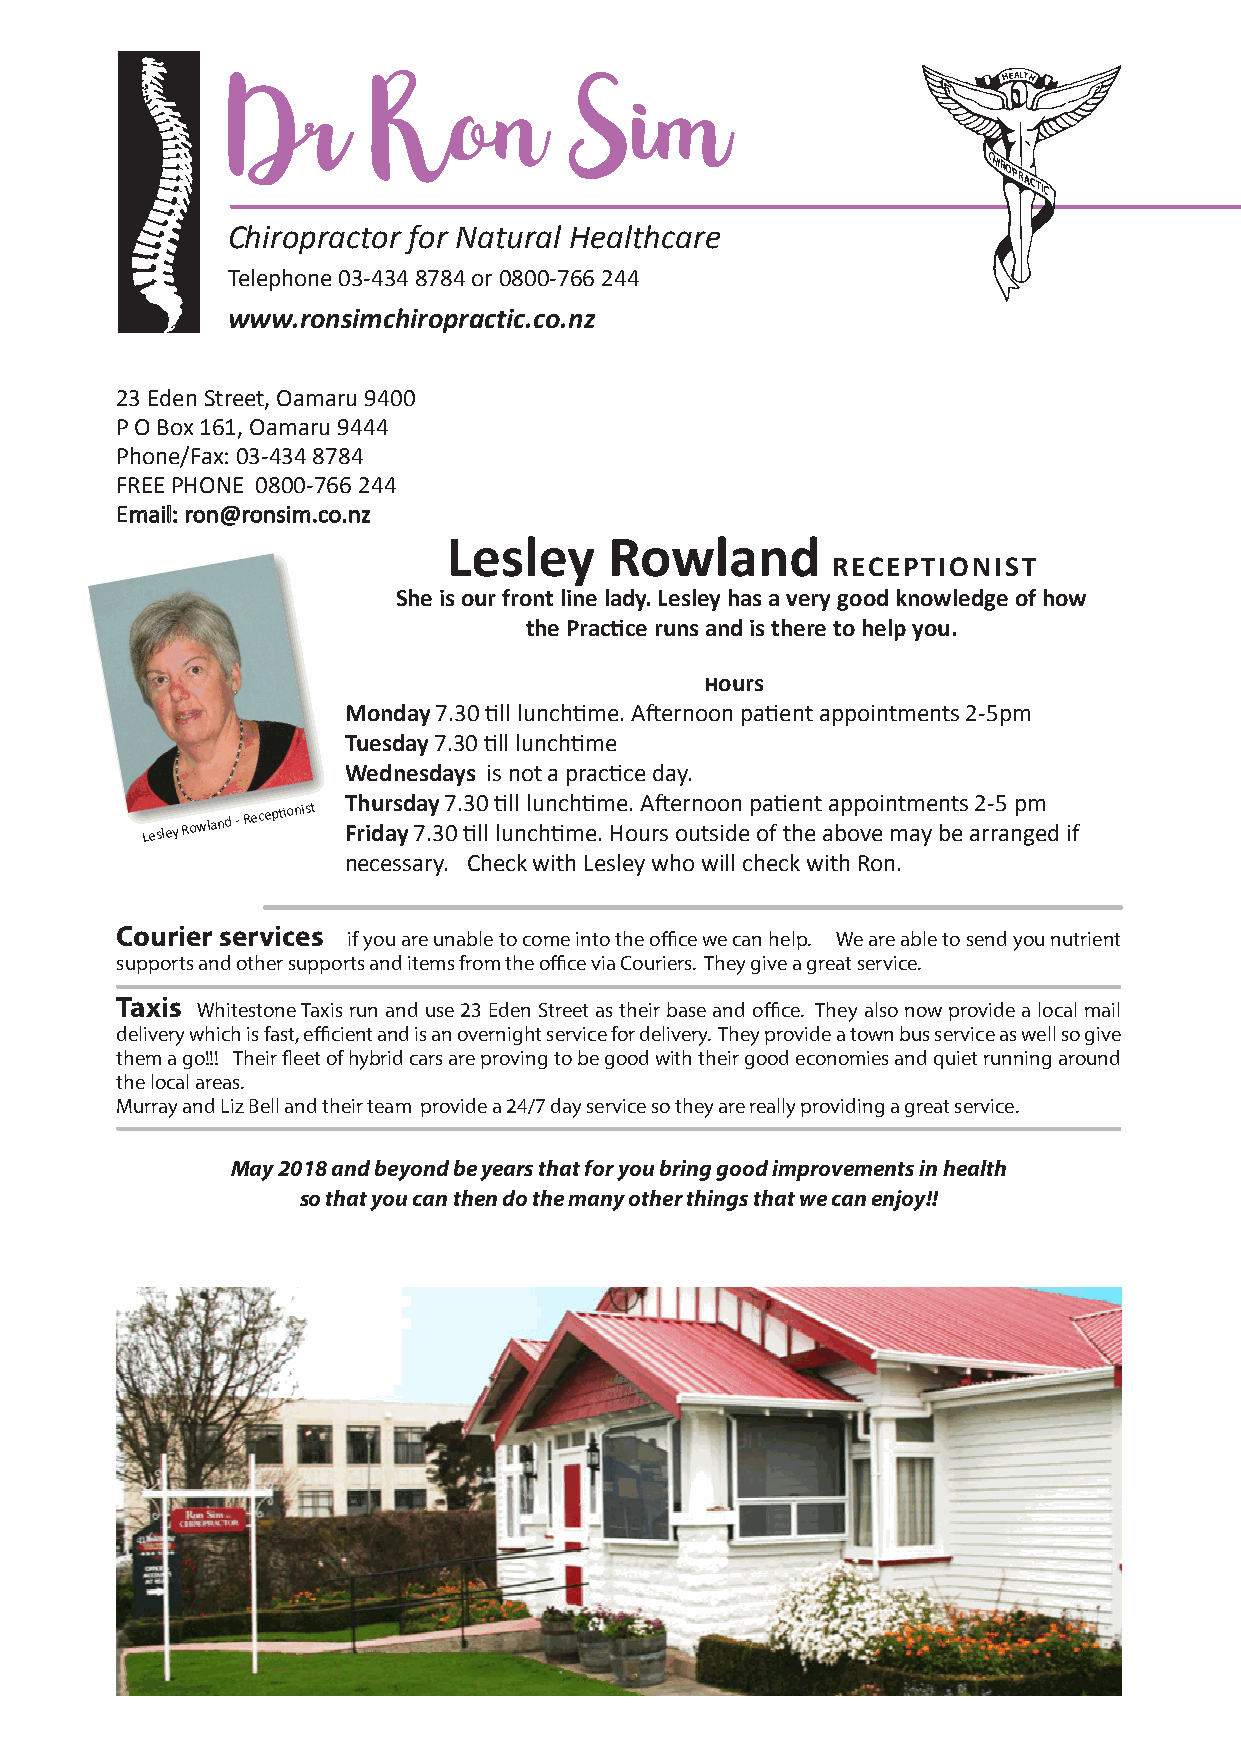
Dr        Ron          Sim
 HEALTH
 CHIR
 R
 C
 Chiropractor for Natural Healthcare
 Telephone 03-434 8784 or 0800-766 244
 www.ronsimchiropractic.co.nz
 23 Eden Street, Oamaru 9400
 P O Box 161, Oamaru 9444
 Phone/Fax: 03-434 8784
 FREE PHONE 0800-766 244
 Email: ron@ronsim.co.nz
 Lesley    Rowland
 RECEPTIONIST
 She is our front line lady. Lesley has a very good knowledge of how
 the Practice runs and is there to help you.
 �ours
 Monday 7.30 till lunchtime. Afternoon patient appointments 2-5pm
 Tuesday 7.30 till lunchtime
 Wednesdays is not a practice day.
 Thursday 7.30 till lunchtime. Afternoon patient appointments 2-5 pm
 Lesley
 Rowland -
 Receptionist
 Friday 7.30 till lunchtime. Hours outside of the above may be arranged if
 necessary. Check with Lesley who will check with Ron.
 Courier services if you are unable to come into the office we can help. We are able to send you nutrient
 supports and other supports and items from the office via Couriers. They give a great service.
 Taxis Whitestone Taxis run and use 23 Eden Street as their base and office. They also now provide a local mail
 delivery which is fast, efficient and is an overnight service for delivery. They provide a town bus service as well so give
 them a go!!! Their fleet of hybrid cars are proving to be good with their good economies and quiet running around
 the local areas.
 Murray and Liz Bell and their team provide a 24/7 day service so they are really providing a great service.
 May 2018 and beyond be years that for you bring good improvements in health
 so that you can then do the many other things that we can enjoy!!
 O P ACTI